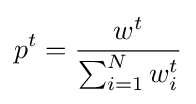
p^{t}={\frac {w^{t}}{\sum _{i=1}^{N}w_{i}^{t}}}